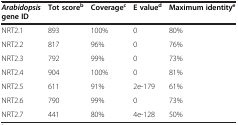
<table><thead><tr><td><b><i>Arabidopsis </i>gene ID</b></td><td><b>Tot score<sup>b</sup></b></td><td><b>Coverage<sup>c</sup></b></td><td><b>E value<sup>d</sup></b></td><td><b>Maximum identity<sup>e</sup></b></td></tr></thead><tbody><tr><td>NRT2.1</td><td>893</td><td>100%</td><td>0</td><td>80%</td></tr><tr><td>NRT2.2</td><td>817</td><td>96%</td><td>0</td><td>76%</td></tr><tr><td>NRT2.3</td><td>792</td><td>99%</td><td>0</td><td>73%</td></tr><tr><td>NRT2.4</td><td>904</td><td>100%</td><td>0</td><td>81%</td></tr><tr><td>NRT2.5</td><td>611</td><td>91%</td><td>2e-179</td><td>61%</td></tr><tr><td>NRT2.6</td><td>790</td><td>99%</td><td>0</td><td>73%</td></tr><tr><td>NRT2.7</td><td>441</td><td>80%</td><td>4e-128</td><td>50%</td></tr></tbody></table>